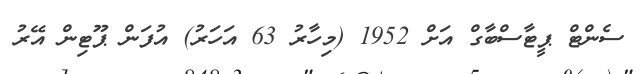
ސެންޓް ޕީޓާސްބާގް އަށް 1952 (މިހާރު 63 އަހަރު) އުފަން ޕޫޓިން އޭރު